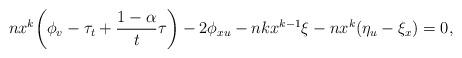
LaTeX: \begin{align*}nx^k\bigg(\phi_v-\tau_t+\frac{1-\alpha}{t}\tau\bigg)-2\phi_{xu}-nkx^{k-1}\xi-nx^k(\eta_u-\xi_x)=0,\end{align*}